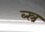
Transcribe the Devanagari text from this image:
ब्स्त्र